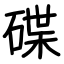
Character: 碟